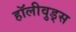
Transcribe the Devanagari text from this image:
हॉलीवुड्स